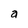
Character: a